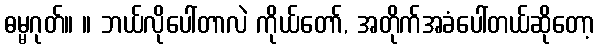
ဓမ္မဂုတ်။ ။ ဘယ်လိုပေါ်တာလဲ ကိုယ်တော်, အတိုက်အခံပေါ်တယ်ဆိုတော့